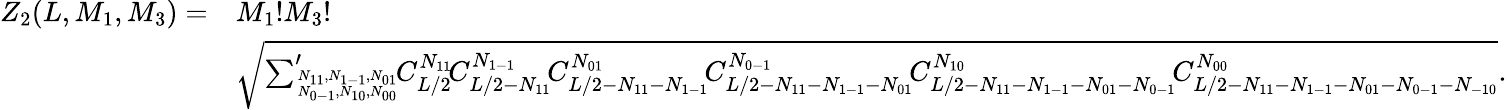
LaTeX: \begin{array}{rl}{Z_{2}(L,M_{1},M_{3})=}&{M_{1}!M_{3}!}\\ &{\sqrt{{\sum}_{N_{11},N_{1-1},N_{01}\atop N_{0-1},N_{10},N_{00}}^{\prime}\! C_{L/2}^{N_{11}}\! C_{L/2-N_{11}}^{N_{1-1}}\! C_{L/2-N_{11}-N_{1-1}}^{N_{01}}\! C_{L/2-N_{11}-N_{1-1}-N_{01}}^{N_{0-1}}\! C_{L/2-N_{11}-N_{1-1}-N_{01}-N_{0-1}}^{N_{10}}\! C_{L/2-N_{11}-N_{1-1}-N_{01}-N_{0-1}-N_{-10}}^{N_{00}}}.}\end{array}